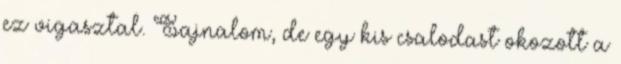
ez vigasztal. Sajnalom, de egy kis csalodast okozott a